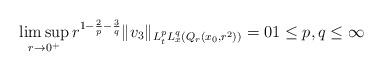
LaTeX: \begin{align*} \limsup_{r \to 0^+} r^{1-\frac{2}{p}-\frac{3}{q}} \|v_3\|_{L^p_tL^q_x(Q_r(x_0,r^2))} = 0 1 \leq p,q \leq \infty\end{align*}